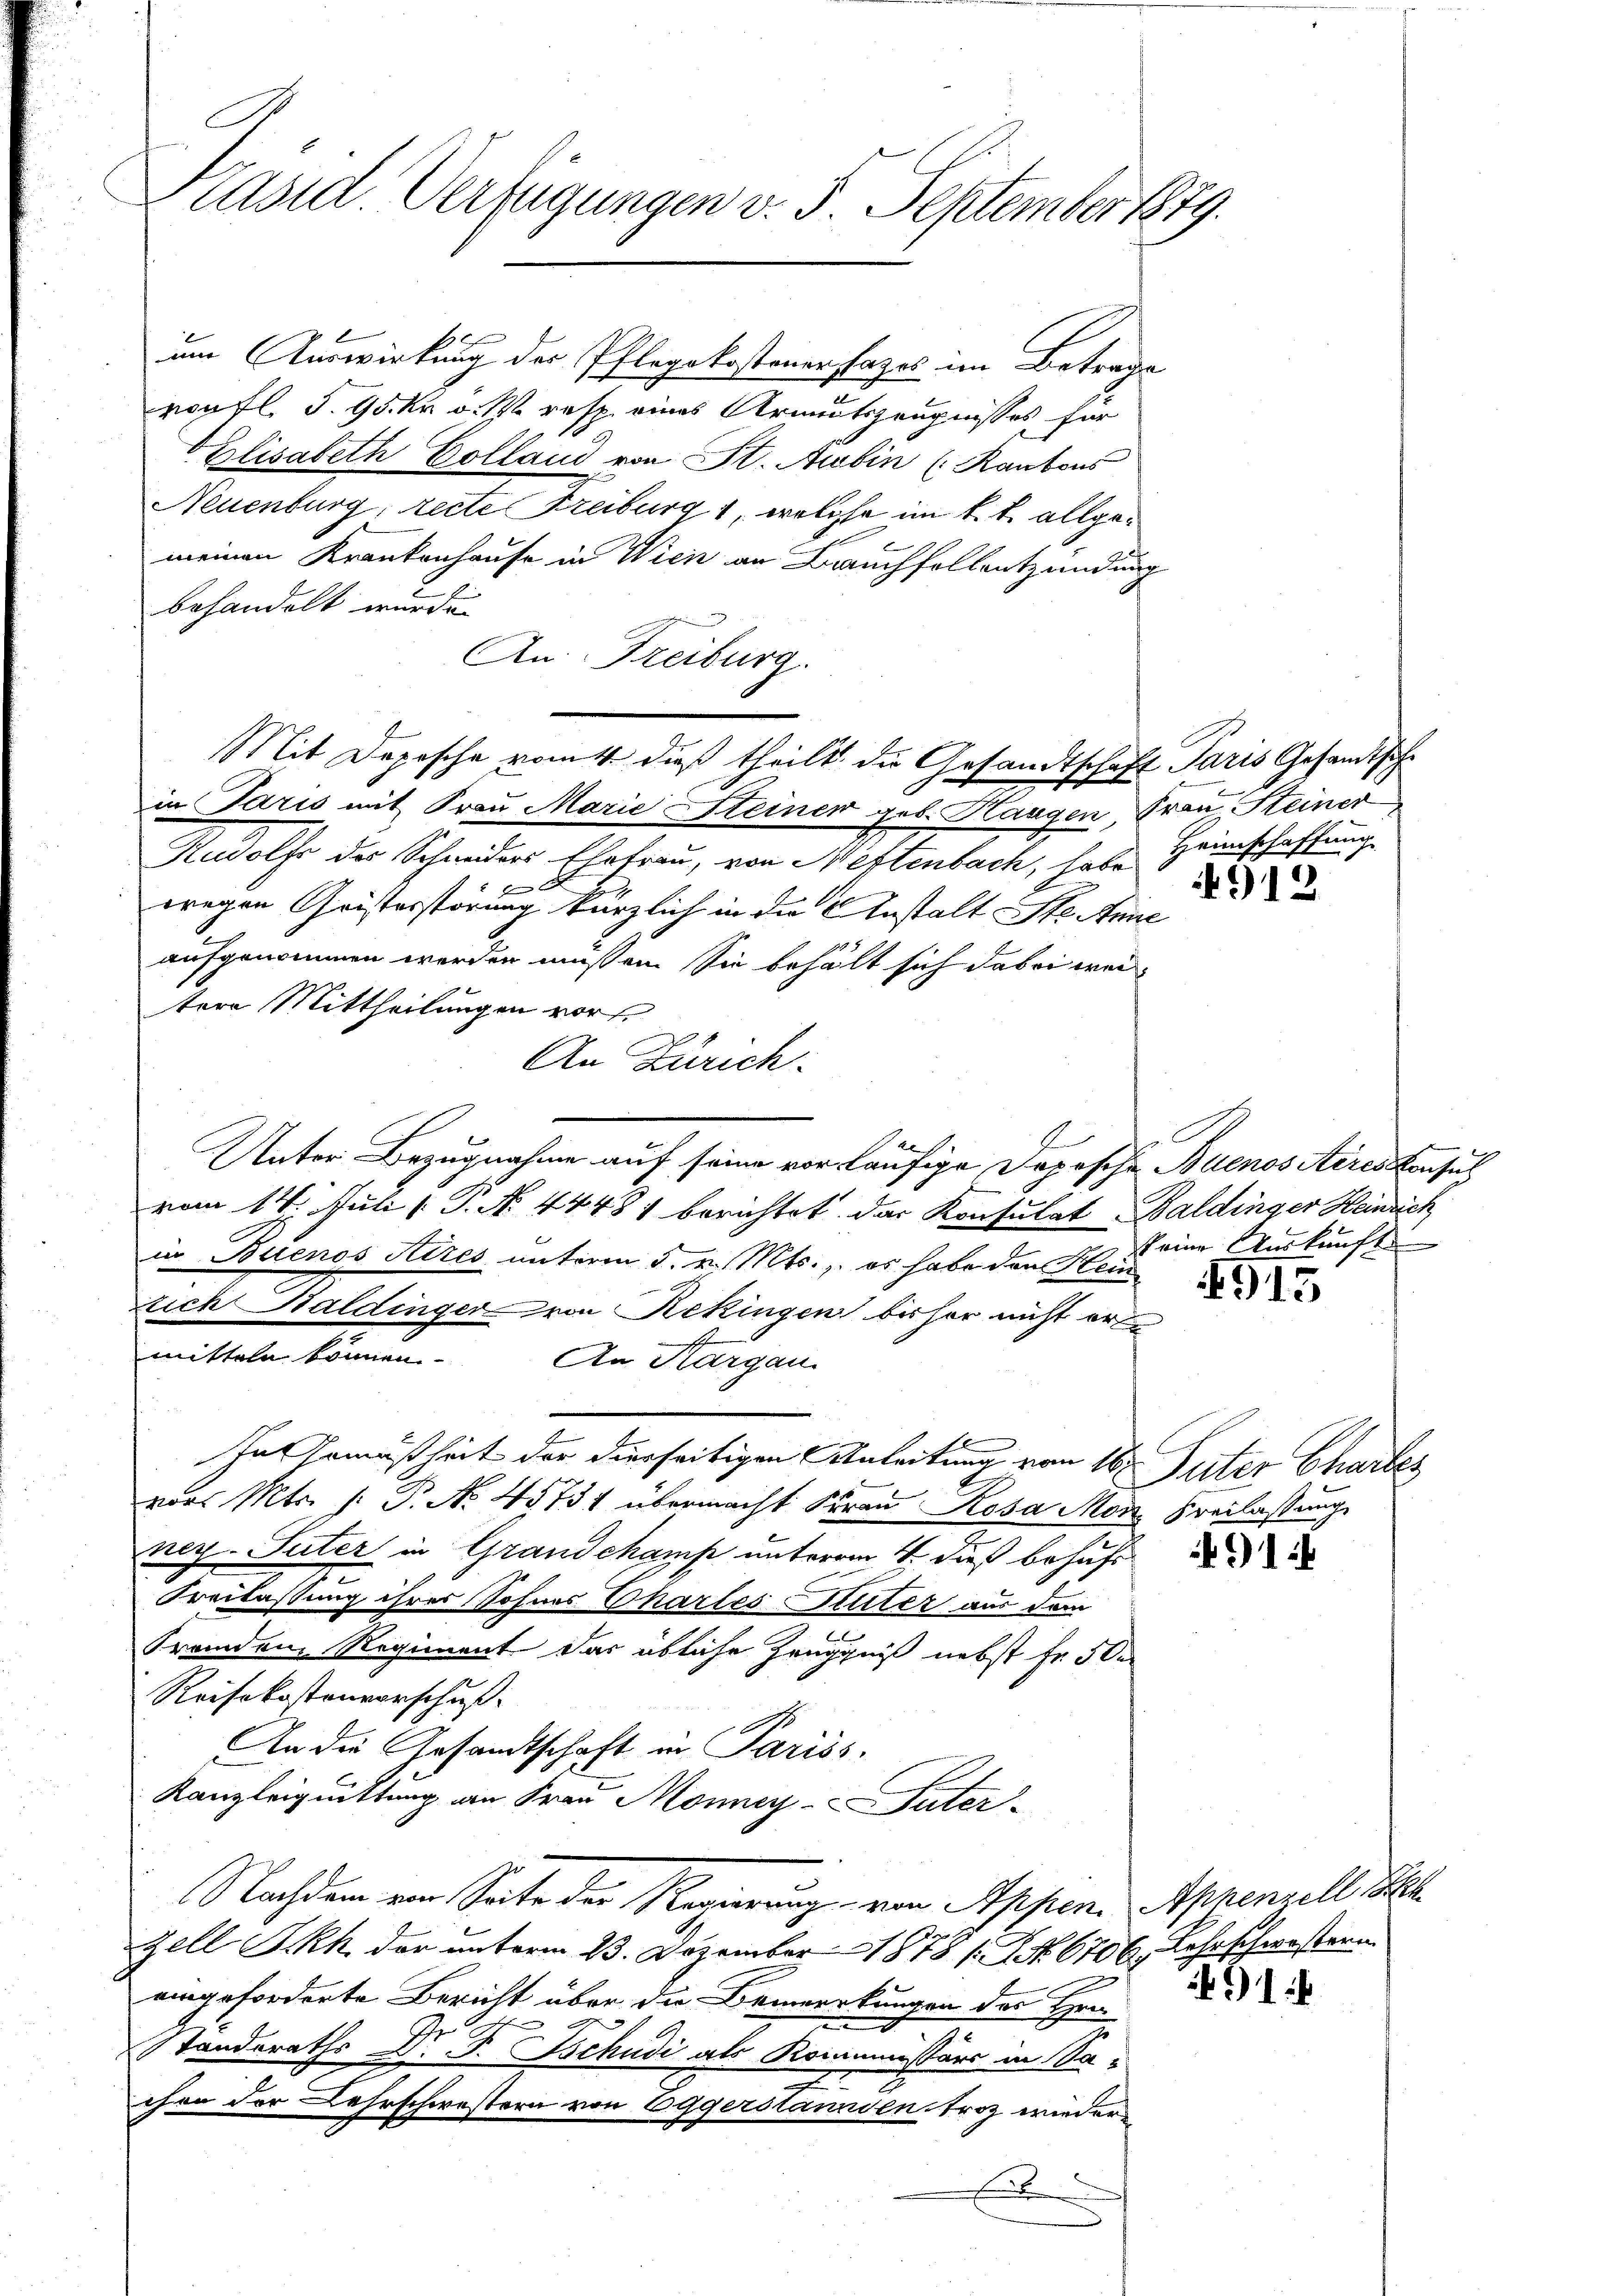
Kasid. Verfügungen v. 5. September 1889.

um Auswirkung der Pflegekostener sages im Betrage
woufl., S. 95 kr. v. M. resp. eines Armutszeugnisses für
Vilisabeth Colland von St. Aubin (Rantons
Neuenburg, recte Freiburg 1, welche im k. k. allgemeinen Krankenhause in Wien an Bauchfollentzündung
behandelt wurde.
An Freiburg.
in Paris mit Frau Marie Steinen geb. Hangen, Frau, Steiner
Rudolf der Schweiders Ehefrau, von Heftenbach, habe Heimschaffung
f
wegen Gristerstörung kürzlich in die Anstalt Ste Anne
aufgenommen werden müssen. Sie behält sich dabei weitere Mittheilungen vor
An Zürich.
E
Unter Bezugnahme auf seine vorläufige Dopische Buenos Aires Konsul
vom 14. Juli [ P. N. 44481 berichtet das Konsulat Baldinger Heinrich
in Buenos Aires unterm 5. v. Mts., es habe den Hein
lich Haldinger von Rekingen bisher nicht ers
mitteln können
An Thurgau
In Gemäßheit der dierseitigen Anleitung von 16. Puter Chartes
vor. Mts. p. P. No. 45731 übermacht Frau Rosa Mon. Freilassung
ney-Suter in Grandchamp unterm 4. dieß behufs
Freilassung ihrer Sohnes Chartes uter aus dem
Fremden Regiment das übliche Zeuggniß nebst fr. 3 der
Reisekostenvorschuß.
An die Gesandtschaft in Pariss.
Kanzleiquittung an Frau Monney-Suter-
Nachdem von Seite der Regierung von Appen. Appenzell Seh
Zell I.Rh. der unterm 23. Dezember 1878 / NNo. 6706, Lehrschwestern
eingeforderte Bericht über die Bemerkungen des Hen
Standeraths Dr. P. Tschudi als Kommissärs in Sachen der Lehrschwestern von Eggerstanden troz wieder
e

Mit Depesche romt, daß theilt, die Gesandtschaft Paris Gesandtsche

4912

keine Auskunft

915

91

491